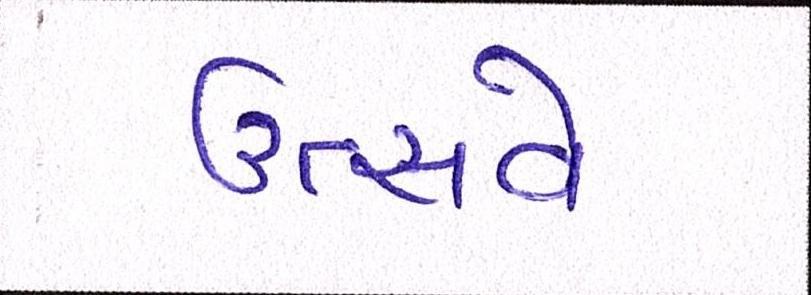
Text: ઉત્સવે